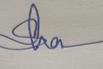
Signature authenticity: genuine